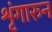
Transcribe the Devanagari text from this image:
शृंगारुन